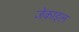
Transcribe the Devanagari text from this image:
जेकाइल